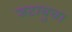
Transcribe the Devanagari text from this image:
जटायुचा